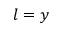
l = y